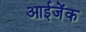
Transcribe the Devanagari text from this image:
आईजेंक